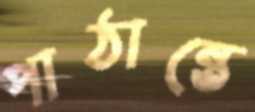
পাঠান্তে